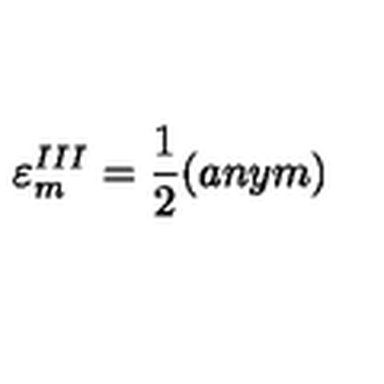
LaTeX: { \varepsilon } _ { m } ^ { I I I } = \frac { 1 } { 2 } ( a n y m )